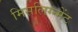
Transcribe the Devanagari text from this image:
मिसलिग्न्मेंट